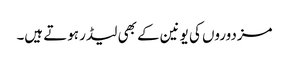
مزدوروں کی یونین کے بھی لیڈر ہوتے ہیں۔